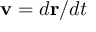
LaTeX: \mathbf { v } = d \mathbf { r } / d t